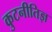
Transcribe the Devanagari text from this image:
कुटनीतिज्ञ